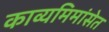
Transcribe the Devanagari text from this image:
काव्यमिमांसेत